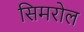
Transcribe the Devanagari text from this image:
सिमरोल